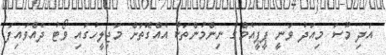
އަދި މޫސަ މިއަދު ވަނީ ޕީޕީއެމްގެ ނިންމުންތަކާ އެއްގޮތަށް މަޖިލީހުގައި ވޯޓު ދެއްވައިފަ